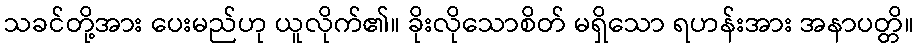
သခင်တို့အား ပေးမည်ဟု ယူလိုက်၏။ ခိုးလိုသောစိတ် မရှိသော ရဟန်းအား အနာပတ္တိ။